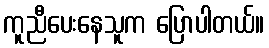
ကူညီပေးနေသူက ပြောပါတယ်။